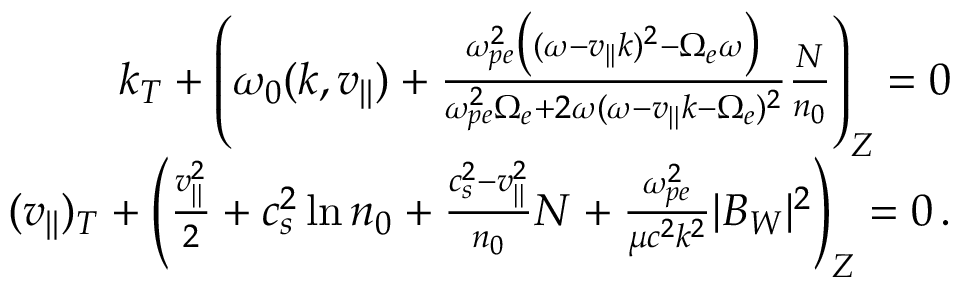
\begin{array} { r } { k _ { T } + \left( \omega _ { 0 } ( k , v _ { | | } ) + \frac { \omega _ { p e } ^ { 2 } \big ( ( \omega - v _ { | | } k ) ^ { 2 } - \Omega _ { e } \omega \big ) } { \omega _ { p e } ^ { 2 } \Omega _ { e } + 2 \omega ( \omega - v _ { | | } k - \Omega _ { e } ) ^ { 2 } } \frac { N } { n _ { 0 } } \right) _ { Z } = 0 } \\ { ( v _ { | | } ) _ { T } + \left( \frac { v _ { | | } ^ { 2 } } { 2 } + c _ { s } ^ { 2 } \ln n _ { 0 } + \frac { c _ { s } ^ { 2 } - v _ { | | } ^ { 2 } } { n _ { 0 } } N + \frac { \omega _ { p e } ^ { 2 } } { \mu c ^ { 2 } k ^ { 2 } } | B _ { W } | ^ { 2 } \right) _ { Z } = 0 \, . } \end{array}